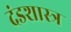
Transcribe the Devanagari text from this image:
दंडशास्त्र